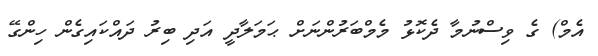
އެމް) ގެ ވިސްނުމާ ދެކޮޅު މެމްބަރުންނަށް ޙަމަލާދީ އަދި ބިރު ދައްކައިގެން ހިންގޭ